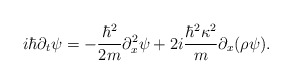
\begin{align*}i\hbar \partial_t \psi =- {\hbar^2 \over 2 m } \partial_x^2\psi +2i{ \hbar^2 \kappa^2 \over m }\partial_x(\rho \psi).\end{align*}